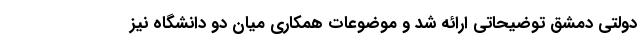
دولتی دمشق توضیحاتی ارائه شد و موضوعات همکاری میان دو دانشگاه نیز